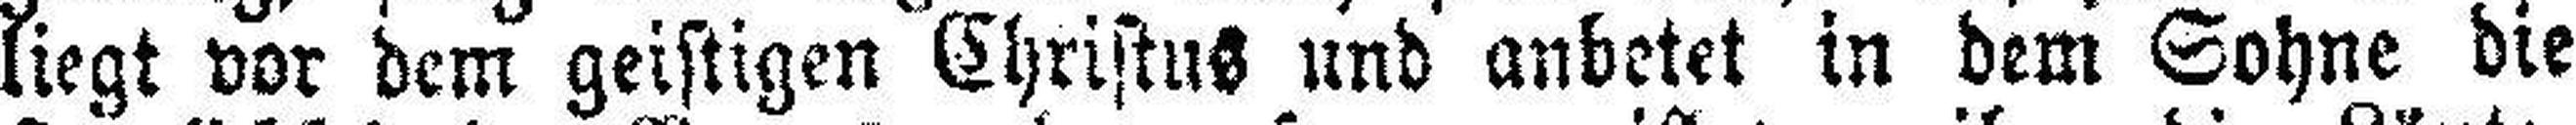
liegt vor dem geistigen Christus und anbetet in dem Sohne die